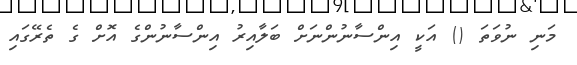
މަނި ނުވަތަ () އަކީ އިންސާނުންނަށް ބަލާއިރު އިންސާނުންގެ އޮށް ގެ ތެރޭގައި